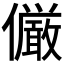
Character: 𠑊